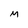
Character: M